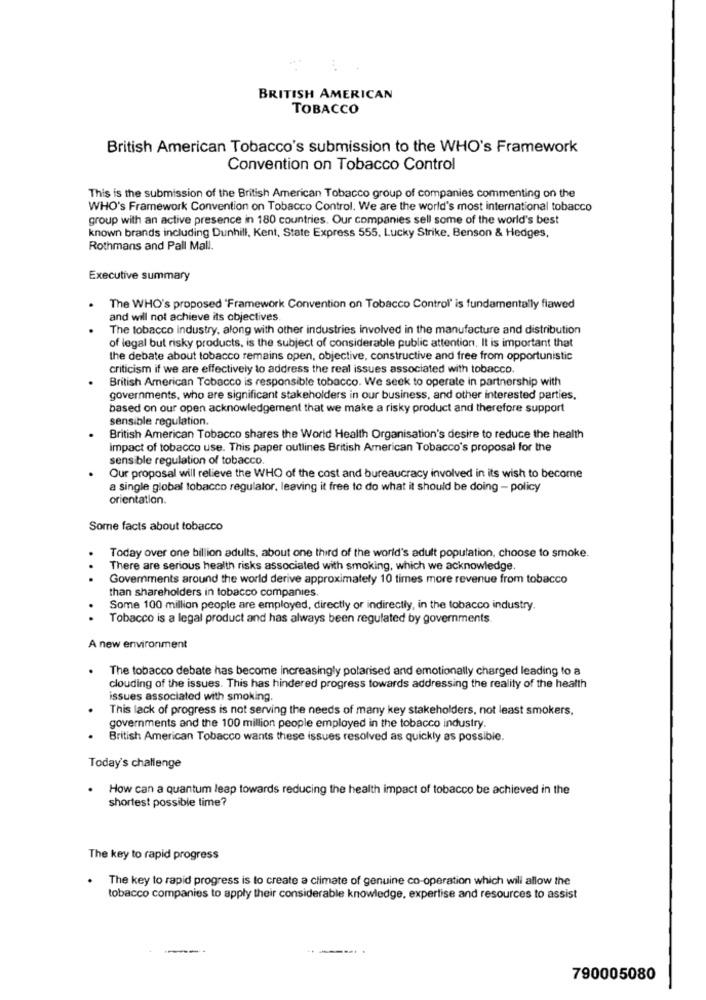
BRITISH AMERICAN
TOBACCO
British American Tobacco's submission to the WHO's Framework
Convention on Tobacco Control
This is the submission of the British American Tobacco group of companies commenting on the
WHO's Framework Convention on Tobacco Control. We are the world's most international tobacco
group with an active presence in 180 countries. Our companies sell some of the world's best
known brands including Dunhill, Kent, State Express 555. Lucky Strike. Benson & Hedges,
Rothmans and Pall Mall.
Executive summary
The WHO's proposed "Framework Convention on Tobacco Control" is fundamentally flawed
and will not achieve its objectives
The tobacco industry, along with other industries involved in the manufacture and distribution
of legal but risky products, is the subject of considerable public attention. It is important that
the debate about tobacco remains open, objective, constructive and free from opportunistic
criticism if we are effectively to address the real issues associated with tobacco.
British American Tobacco is responsible tobacco. We seek to operate in partnership with
governments, who are significant stakeholders in our business, and other interested parties,
based on our open acknowledgement that we make a risky product and therefore support
sensible regulation.
British American Tobacco shares the World Health Organisation's desire to reduce the health
impact of tobacco use. This paper outlines British American Tobacco's proposal for the
sensible regulation of tobacco.
Our proposal will relieve the WHO of the cost and bureaucracy involved in its wish to becorne
a single global tobacco regulator, leaving it free to do what it should be doing - policy
orientation.
Some facts about tobacco
Today over one billion adults, about one third of the world's adult population, choose to smoke.
There are serious health risks associated with smoking, which we acknowledge.
...
Goverments around the world derive approximately 10 times more revenue from tobacco
than shareholders in tobacco companies.
Some 100 million people are employed, directly or indirectly, in the tobacco industry.
.
Tobacco is a legal product and has always been regulated by governments
A new environment
.
The tobacco debate has become increasingly polarised and emotionally charged leading to a
clouding of the issues. This has hindered progress towards addressing the reality of the health
issues associated with smoking
This lack of progress is not serving the needs of many key stakeholders, not least smokers,
governments and the 100 million people employed in the tobacco industry.
British American Tobacco wants these issues resolved as quickly as possible.
Today's challenge
. How can a quantum leap towards reducing the health impact of tobacco be achieved in the
shortest possible time?
The key to rapid progress
The key to rapid progress is to create a climate of genuine co-operation which will allow the
.
tobacco companies to apply their considerable knowledge, expertise and resources to assist
790005080